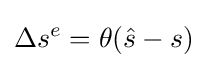
\Delta s^{e}=\theta ({\hat {s}}-s)